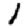
Digit: 1